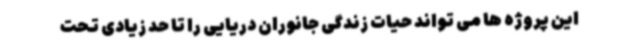
این پروژه ها می تواند حیات زندگی جانوران دریایی را تا حد زیادی تحت